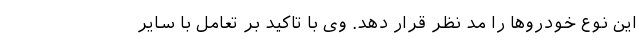
این نوع خودروها را مد نظر قرار دهد. وی با تاکید بر تعامل با سایر